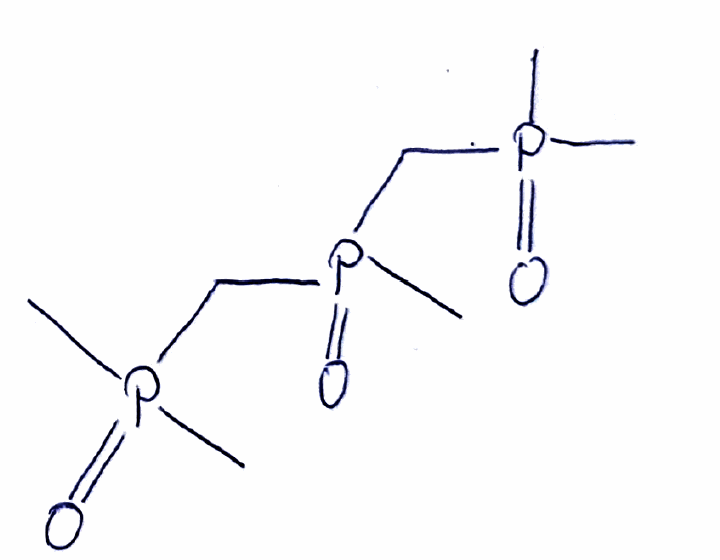
Simplified molecular-input line-entry system (SMILES) notation of the given molecule:
CP(=O)(C)CP(=O)(C)CP(=O)(C)C